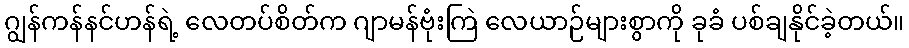
ဂျွန်ကန်နင်ဟန်ရဲ့ လေတပ်စိတ်က ဂျာမန်ဗုံးကြဲ လေယာဉ်များစွာကို ခုခံ ပစ်ချနိုင်ခဲ့တယ်။